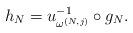
LaTeX: \begin{align*}h_N = u_{\omega^{(N,j)}}^{-1}\circ g_N.\end{align*}